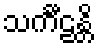
သင်္ကီဠန္တိ